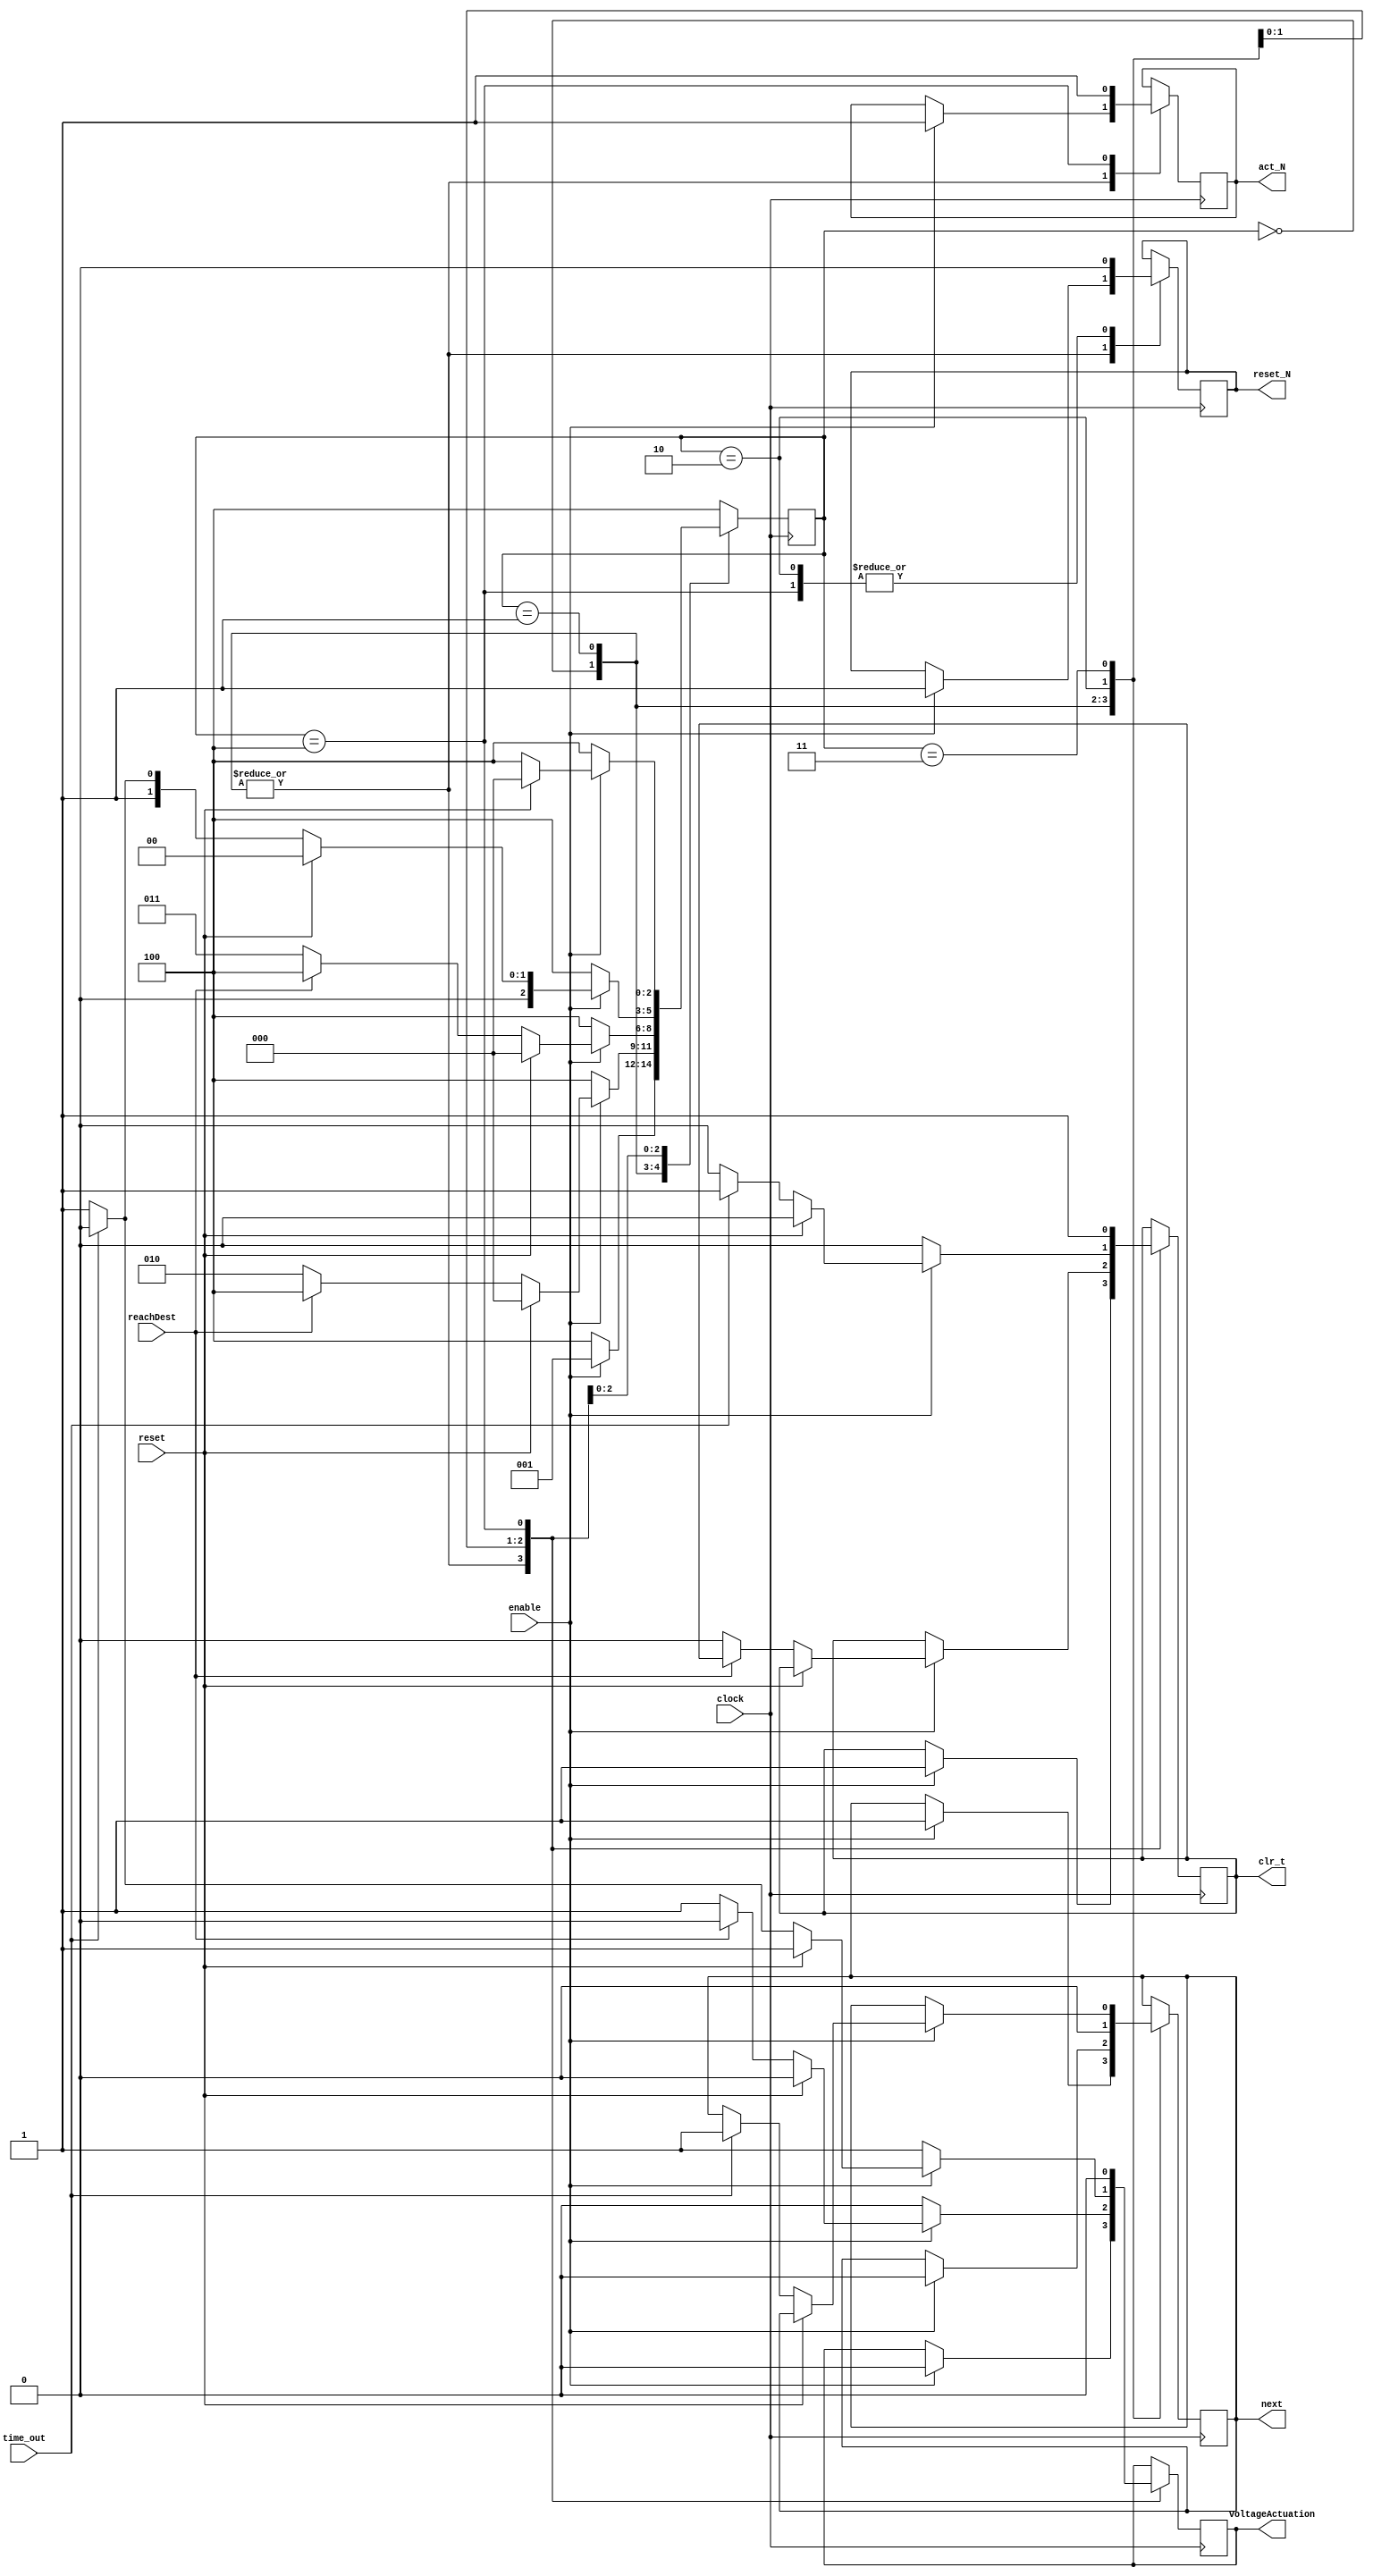
//module DMFB_Train_Controller(clock,enable,reset,reachDest,time_out,act_N,reset_N,next,act_t,clr_t,voltageActuation);
//module DMFB_Train_Controller(debug,clock,enable,reset,reachDest,time_out,act_N,reset_N,next,clr_t,voltageActuation);
module DMFB_Train_Controller(clock,enable,reset,reachDest,time_out,act_N,reset_N,next,clr_t,voltageActuation);
		// PI
		//input debug;
		input clock;
		input enable;
		input reset;
		
		// input from NextMoveGenerator module
		input reachDest;
		
		// input from xTimer module
		input time_out;
		//output time_out;
		
		// PO
		output voltageActuation;
		
		// controlling pins for NextMoveGenerator module
		output act_N;
		output reset_N;
		output next;		
		
		// controlling pins for xTimer module
		//output act_t;
		output clr_t;						

		// internal registers
		reg act_N;
		reg reset_N;
		reg next;

		reg act_t;
		reg clr_t;
		reg voltageActuation;
		
		reg [2:0] stateCurrent;
		//reg [1:0] state;
		
		// state definition
//		parameter start=2'b00, nextMove=2'b01, applyVoltage=2'b10, done=2'b11;
		parameter start=3'b000, resetMove=3'b001, nextMove=3'b010, applyVoltage=3'b011, done=3'b100;


/*		
		wire reset_t,tout;	
		xTimer 	            T0 (reset_t,clock,tout);		
		assign reset_t = clr_t;
		assign time_out = tout;
*/

		
//always @(negedge clock)
always @(posedge clock)
//always @(negedge debug)
		begin
			if (enable==1) begin
			
				if (reset==1) begin				
					stateCurrent <= start;	// go to initial state
				end								
			end
			
			else stateCurrent <= done; 

// --------- state machine --------------
			
			case (stateCurrent)
			
			start: begin
					   if (enable==1) begin
							voltageActuation <= 0; 	// voltageActuation clear
							clr_t <= 1;				// xTimer clear or reset
							
							act_N <= 1;
							reset_N <= 1;			// NextMoveGenerator reset
							
							next <= 1;				// NextMoveGenerator next pin set for actuation
							
							stateCurrent <= resetMove;	// to keep the reset mode set for NextMoveGenerator
						 
						 end							// plz remove if following code set enabled
						 	
/*							if(reset==1) begin
									stateCurrent <= start;	// go to initial state
							end
							
							else begin

							if (reachDest!=1) begin
								stateCurrent <= nextMove;
							end							

							else
								stateCurrent <= done;
							
							end
							
					   end
					   else stateCurrent <= done;
*/

				   end


			resetMove: begin

					   	if (enable==1) begin
							voltageActuation <= 0; 	// voltageActuation clear
							clr_t <= 1;				// xTimer clear or reset
							
							act_N <= 1;
							reset_N <= 1;			// NextMoveGenerator reset
							
							next <= 0;				// NextMoveGenerator next pin set for actuation
					   
							if(reset==1) begin
									stateCurrent <= start;	// go to initial state
							end
							
							else begin

								if (reachDest!=1) begin
									stateCurrent <= nextMove;
								end							

								else
									stateCurrent <= done;
								
							end
							
					   end

					   else stateCurrent <= done;
				
				
				end
				
			nextMove: begin
				   
				   voltageActuation <= 0;
				   reset_N <= 0;
				   next <= 0;
				   
						 if (enable==1) begin
							
							if(reset==1) begin
									stateCurrent <= start;	// go to initial state
							end
							
							else begin
						  
							if (reachDest!=1) begin

								//voltageActuation <= 0; 	// voltageActuation clear
								//reset_N <= 0;
								//next <= 0;			// negedge next will activate NextMoveGenerator
								
								voltageActuation <= 1;
								clr_t <= 0;
								stateCurrent <= applyVoltage;
							end
							
							else
								stateCurrent <= done;
							
							end
							
						  end
						  
						  else 
							stateCurrent <= done;
				   end
				   
			applyVoltage: begin
				   
					  voltageActuation <= 1; 	// voltageActuation clear
 					  clr_t <= 0;  
					  
					  if (enable==1) begin
					   
							if(reset==1) begin
								stateCurrent <= start;	// go to initial state
							end
				   
							else begin
								if (time_out==1) begin
									next <= 1;
									clr_t <= 1;
									
									voltageActuation <= 0;
									stateCurrent <= nextMove;
								end							
															
								else begin
									// voltageActuation <= 1; 	// voltageActuation clear
									// clr_t <= 0;
									
									stateCurrent <= applyVoltage;
								end
							
							end
							
						end
						else stateCurrent <= done;	
					   					  
					   
				   end
				    
			done: begin

						voltageActuation <= 0; 	// voltageActuation clear
						clr_t <= 1;				// xTimer clear or reset
						
						act_N <= 1;
						reset_N <= 0;			// NextMoveGenerator reset
						
										  
					if (enable==1) begin
						//stateCurrent <= start;	// go to initial state
						
						if(reset==1) begin
							stateCurrent <= start;	// go to initial state
						end
						
						else stateCurrent <= done;
				
					end

					else stateCurrent <= done;
						   
				  end
			
			default: stateCurrent <= done;

			endcase
		end
endmodule 

// --------- state machine --------------